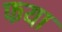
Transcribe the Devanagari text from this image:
फया